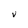
Character: V